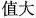
值大